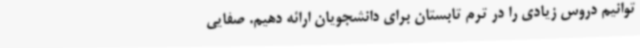
توانیم دروس زیادی را در ترم تابستان برای دانشجویان ارائه دهیم. صفایی